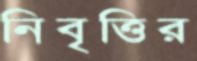
নিবৃত্তির